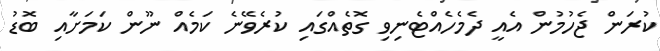
ކުރަން ޖެހުމުން އެއީ ދެމެހެއްޓެނިވި ގޮތެއްގައި ކުރެވޭނެ ކަމެއް ނޫން ކަމަށާއި ބޮޑު